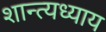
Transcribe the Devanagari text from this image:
शान्त्यध्याय